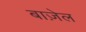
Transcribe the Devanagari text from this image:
बाज़ेल